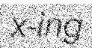
x-ing